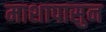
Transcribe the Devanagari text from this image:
माशापासुन